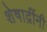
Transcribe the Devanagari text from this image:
शेषाद्रींनी